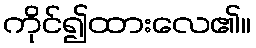
ကိုင်၍ထားလေ၏။